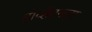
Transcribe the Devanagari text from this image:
डोव्हेटनला